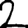
Digit: 2